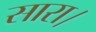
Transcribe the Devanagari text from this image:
सारा।